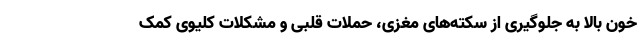
خون بالا به جلوگیری از سکته‌های مغزی، حملات قلبی و مشکلات کلیوی کمک